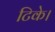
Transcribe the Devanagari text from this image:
टिके।